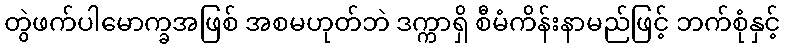
တွဲဖက်ပါမောက္ခအဖြစ် အစမဟုတ်ဘဲ ဒက္ကာရှိ စီမံကိန်းနာမည်ဖြင့် ဘက်စုံနှင့်